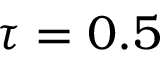
\tau = 0 . 5